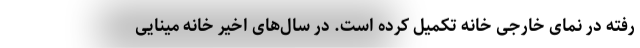
رفته در نمای خارجی خانه تکمیل کرده است. در سال‌های اخیر خانه‌ مینایی